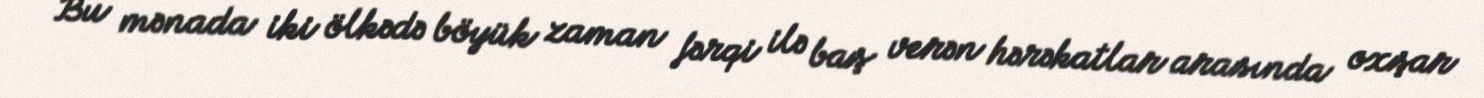
Bu mənada iki ölkədə böyük zaman fərqi ilə baş verən hərəkatlar arasında oxşar